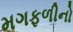
મગફળીનો